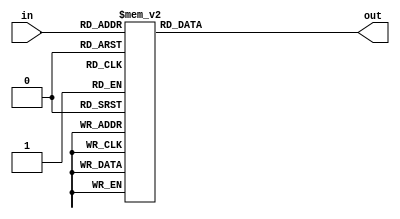
`timescale 1ns / 1ps

module decoder(
    input [3:0] in,
    output reg [6:0] out
    );

always @*
case(in)
	4'd0: out = 7'b0000000;
	4'd1: out = 7'b0000111;
	4'd2: out = 7'b0011001;
	4'd3: out = 7'b0011110;
	4'd4: out = 7'b0101010;
	4'd5: out = 7'b0101101;
	4'd6: out = 7'b0110011;
	4'd7: out = 7'b0110100;
	4'd8: out = 7'b1001011;
	4'd9: out = 7'b1001100;
	4'd10: out = 7'b1010010;
	4'd11: out = 7'b1010101;
	4'd12: out = 7'b1100001;
	4'd13: out = 7'b1100110;
	4'd14: out = 7'b1111000;
	4'd15: out = 7'b1111111;
endcase

endmodule